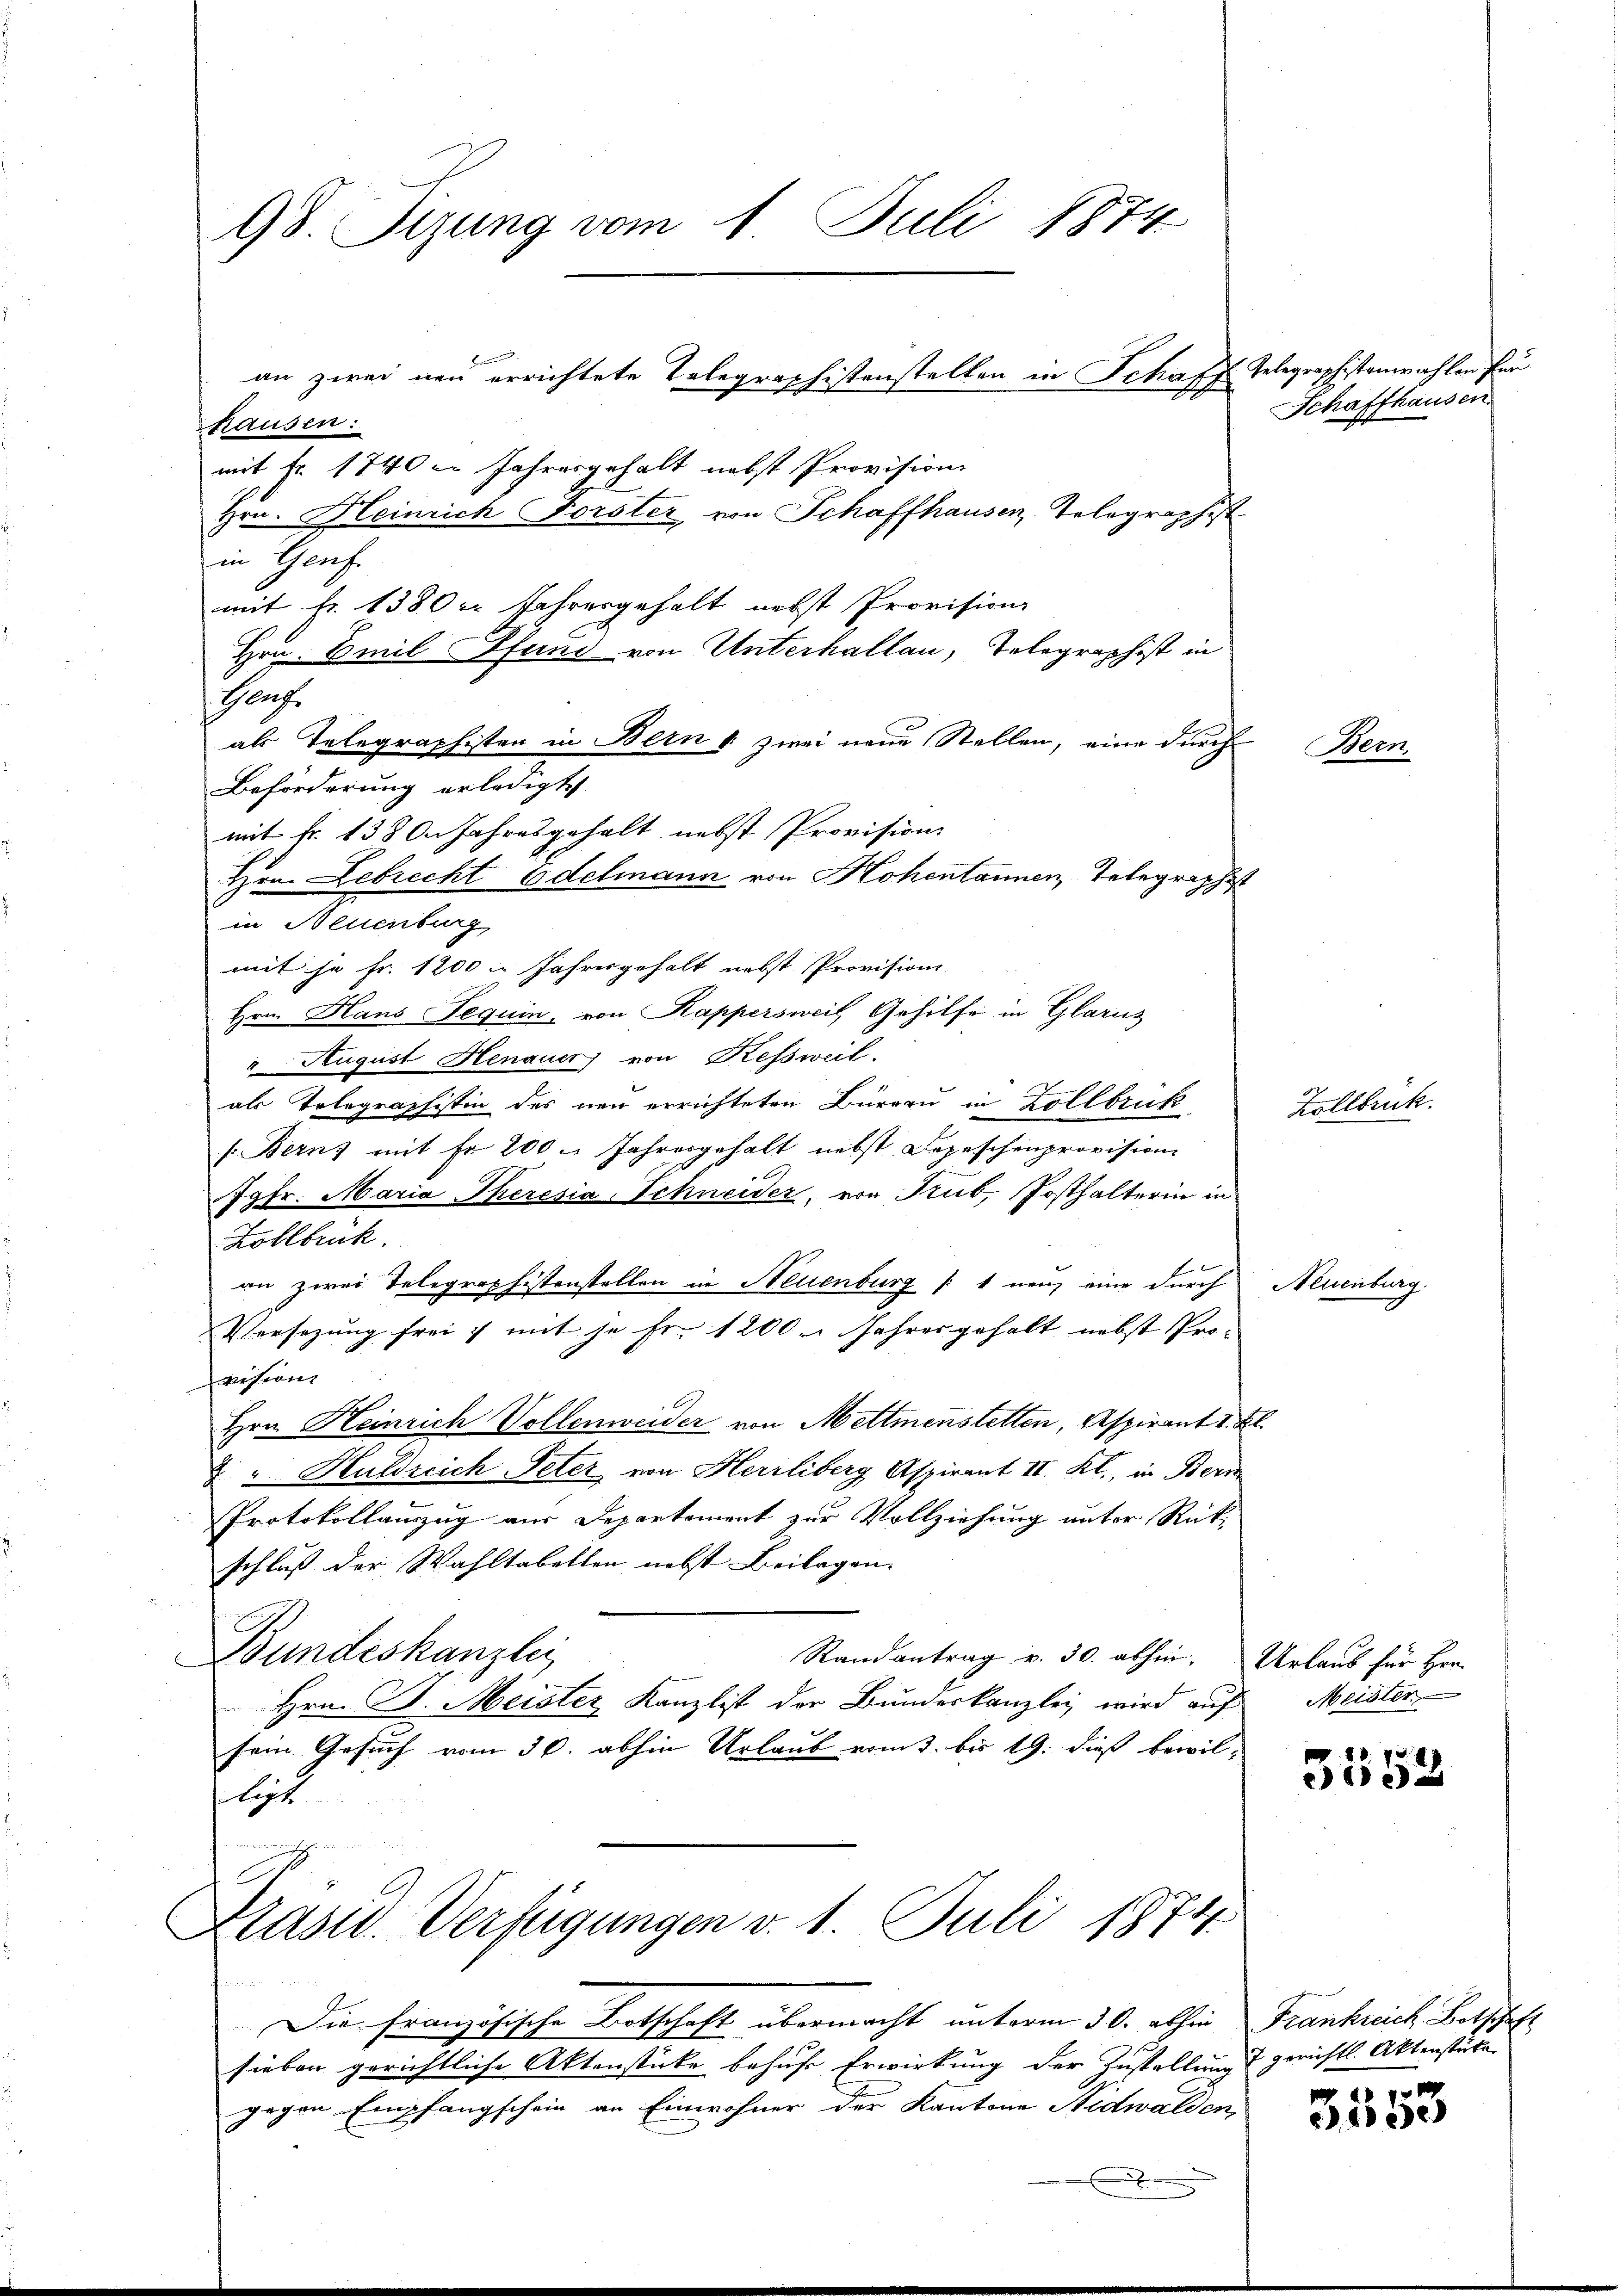
98. Sizung vom 1. Juli 1874

hausen:
mit Fr. 1740 in Jahresgehalt nebst Provision
Hrn. Heinrich Forster von Schaffhausen, Telegraphist
in Genf.
mit Fr. 1380er Jahresgehalt nebst Provision
Hrn. Emil Pfung von Unterhalten, Telegraphist in
Graf.
Beförderung erledigt
in Neuenburg
mit je Fr. 1200 i Jahresgehalt nebst Provisions
Hrn. Hans Teguin, von Kappersweil Gehilfe in Glarus
" August Henauer von Kessweil.
als Telegraphistin des neu errichteten Bürern in Zollbruck
(Bern, mit Fr. 200 u. Jahresgehalt nebst Depeschenprovision
Jgfr. Maria Theresia, Schneider, von Trub, Posthalterin in
Zollbrück.
an zwei Telegraphistenstellen in Neuenburg (1 neu eine durch Neuenburg.
Versezung frei & mit je Fr. 1200. Jahres gehalt nebst Provision
Hrn. Heinrich Vollenweider von Mettmenstetten, Aspirant d. Bl.
2 " Huldreich Peter von Herrliberg Aspirant II. Kl., in Beri
Protokollauszug aus Departement zur Vollziehung unter Rück-
schluß der Wahltabellen nebst Beilagen.
Bundeskanzlei
Randantrag v. 30. abhin. Urlaub für Her
Hrn. B. Meister Kanzlist der Bundeskanzley wird auf
sein Gesuch vom 30. abhin Urlaub vom 3. bis 19. dieß bewilligt
endig un
A

als Telegraphisten in Bern & zwei neue Stellen, eine durch
mit Fr. 1380. Jahresgehalt nebst Provision
Hrn. Lebrecht Edelmann von Hohentannen, Telegraphist

an zwei neu errichtete Telegraphistenstellen in Schaft Telegraphistenwahlen für

Prasil. Verfügungen v. 1. Juli 1874.

Die Französische Botschaft übermacht unterm 30. abhin
sieben gerichtliche Aktenstücke behufe Erwirkung der Zustellung
gegen Empfangschein an Einwohner der Kantone Nidwalden,

Schaffhausen.

Zollbruck.

Demn

Meister

3552

Frankreich Botschaft
7 gerichtl. Aktenstücken

100
ece